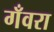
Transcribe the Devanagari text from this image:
गँवरा